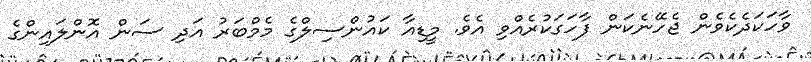
ވާހަކަދެކެވެން ޖެހޭނެކަން ފާހަގަކުރެއްވި އެވެ. މީޑިއާ ކައުންސިލްގެ މެމްބަރު އަދި ސަން އޮންލައިންގެ